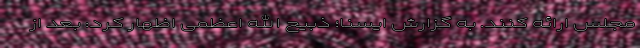
مجلس ارائه کنند. به گزارش ایسنا؛ ذبیح الله اعظمی اظهار کرد: بعد از